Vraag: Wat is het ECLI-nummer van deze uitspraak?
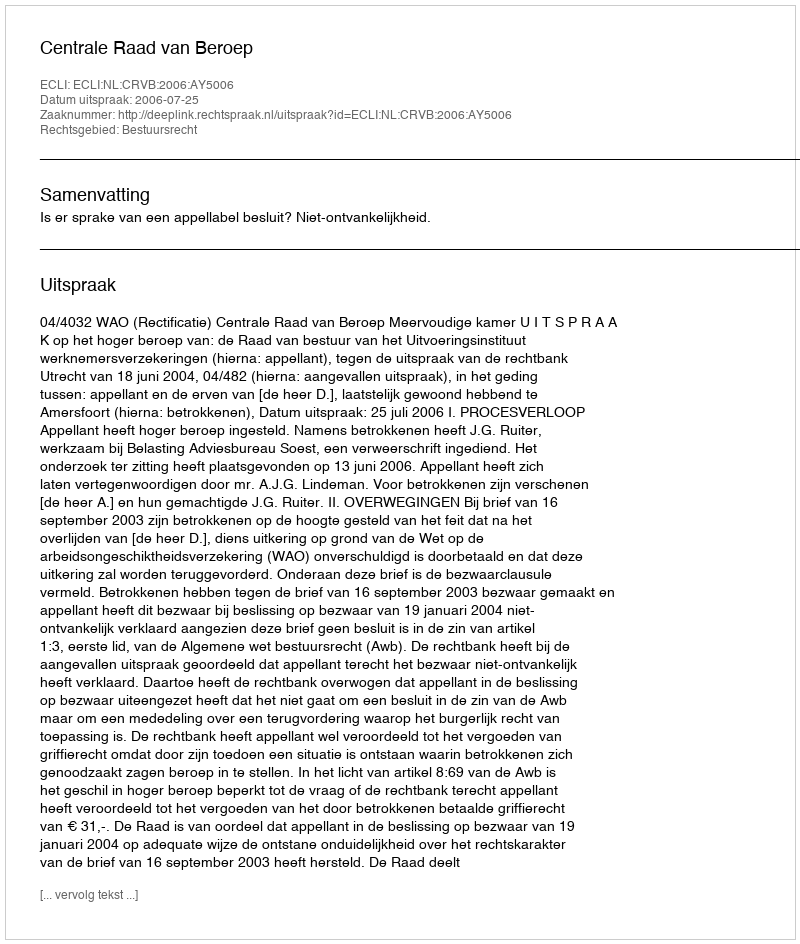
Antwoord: ECLI:NL:CRVB:2006:AY5006